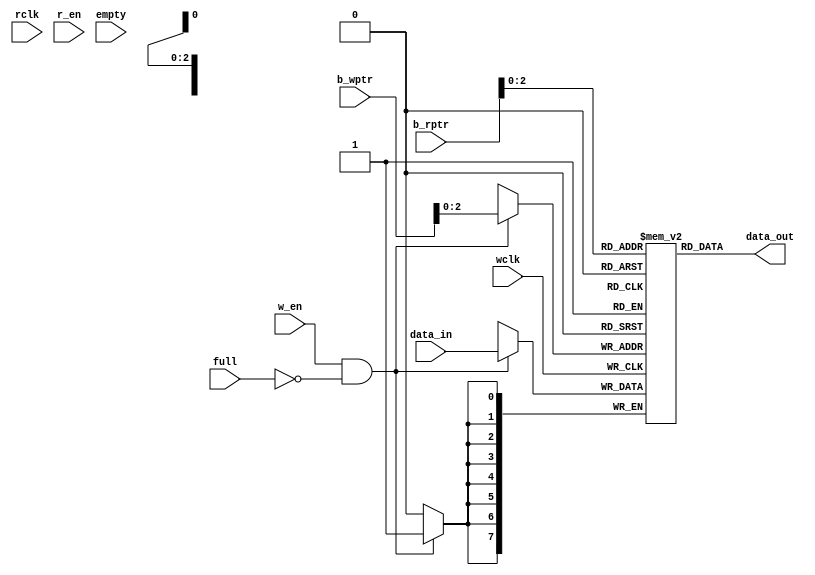
module fifo_mem #(parameter DEPTH=8, DATA_WIDTH=8, PTR_WIDTH=3) (
  input wclk, w_en, rclk, r_en,
  input [PTR_WIDTH:0] b_wptr, b_rptr,
  input [DATA_WIDTH-1:0] data_in,
  input full, empty,
  output reg [DATA_WIDTH-1:0] data_out
);
  reg [DATA_WIDTH-1:0] fifo[0:DEPTH-1];
  
  always@(posedge wclk) begin
    if(w_en & !full) begin
      fifo[b_wptr[PTR_WIDTH-1:0]] <= data_in;
    end
  end
  /*
  always@(posedge rclk) begin
    if(r_en & !empty) begin
      data_out <= fifo[b_rptr[PTR_WIDTH-1:0]];
    end
  end
  */
  assign data_out = fifo[b_rptr[PTR_WIDTH-1:0]];
endmodule